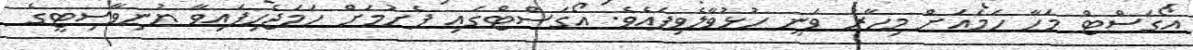
އޯގަސްޓް މަހާ ހަމައަށް މިހާރު ވަނީ ހުޅުވާލެވިފައެވެ. އޯގަސްޓްގައި ފެށުމަށް ހަމަޖެހިފައިވާ ޔުނިވާސިޓީގެ